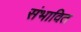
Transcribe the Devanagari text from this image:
संभावित